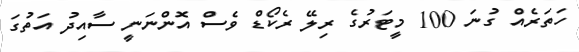
ހަތަރެއް ގުނަ 100 މީޓަރުގެ ރިލޭ ރެކޯޑް ވެސް އޮންނަނީ ސާއިދު އަތުގަ